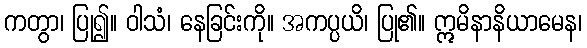
ကတွာ၊ ပြု၍။ ဝါသံ၊ နေခြင်းကို။ အကပ္ပယိ၊ ပြု၏။ ဣမိနာနိယာမေန၊